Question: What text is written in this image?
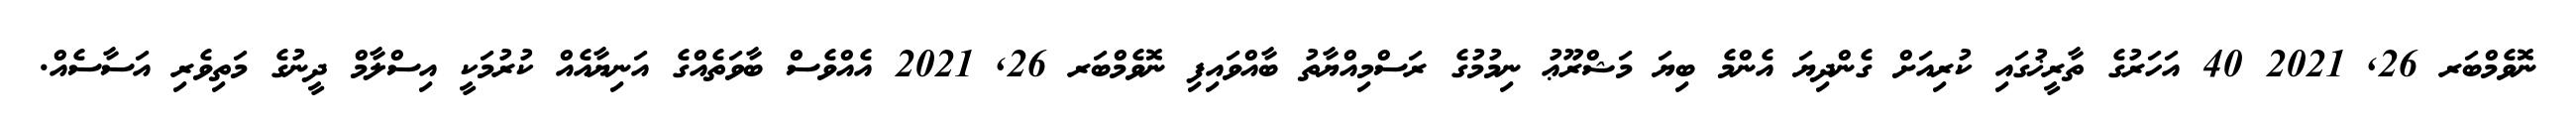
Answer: ނޮވެމްބަރ 26, 2021 40 އަހަރުގެ ތާރީޚުގައި ކުރިއަށް ގެންދިޔަ އެންމެ ބިޔަ މަޝްރޫޢު ނިމުމުގެ ރަސްމިއްޔާތު ބާއްވައިފި ނޮވެމްބަރ 26, 2021 އެއްވެސް ބާވަތެއްގެ އަނިޔާއެއް ކުރުމަކީ އިސްލާމް ދީނުގެ މަތިވެރި އަސާސެއް.